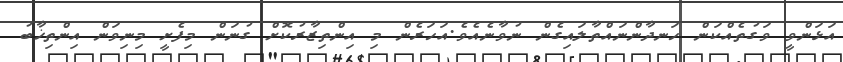
އަޅަންވީ ވަގުތެއްކަން ހަނދާންނައްތާލައިގެން ނުވާނެއެވެ.އަހަރެން މި އިންތިޒާރުކޮށް ގުނަން މިފެށީ މިނިވަން އިންތިޚާބު